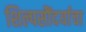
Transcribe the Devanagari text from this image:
शिल्पसौंदर्याचा